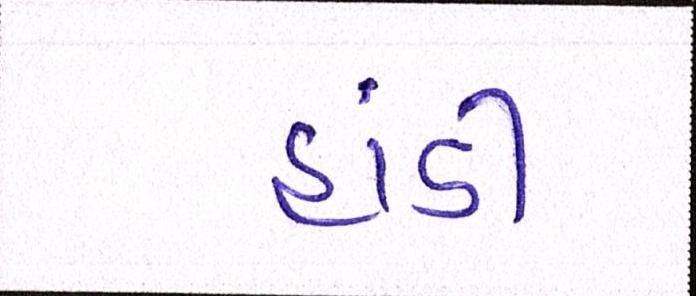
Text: હાંડી